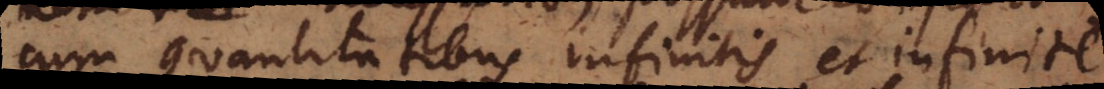
cum Quantitatibus infinitis et infinite